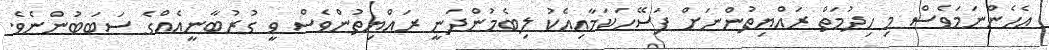
އެހެންނަމަވެސް މި ހިދުމަތް ރައްޔިތުންނަށް ފަސޭހަކަމާއިއެކު ލިބެމުންދަނީ ރައްޔިތުންވެސް ވީ ގުރުބާނީއެއްގެ ސަބަބުންނެވެ.